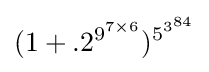
(1+.2^{9^{7\times 6}})^{5^{3^{84}}}